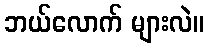
ဘယ်လောက် များလဲ။